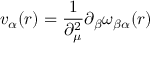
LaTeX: v _ { \alpha } ( r ) = \frac { 1 } { \partial _ { \mu } ^ { 2 } } \partial _ { \beta } \omega _ { \beta \alpha } ( r )